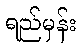
ရည်မှန်း